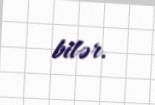
bilər.